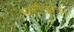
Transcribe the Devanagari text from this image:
मल्टीजंक्शन